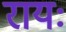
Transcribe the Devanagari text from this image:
रायः